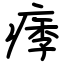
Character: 痵